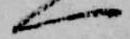
一